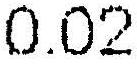
0.02